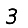
Digit: 3